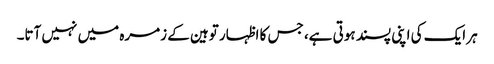
ہر ایک کی اپنی پسند ہوتی ہے، جس کا اظہار توہین کے زمرہ میں نہیں آتا۔